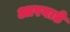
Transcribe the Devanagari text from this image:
आरवाडे